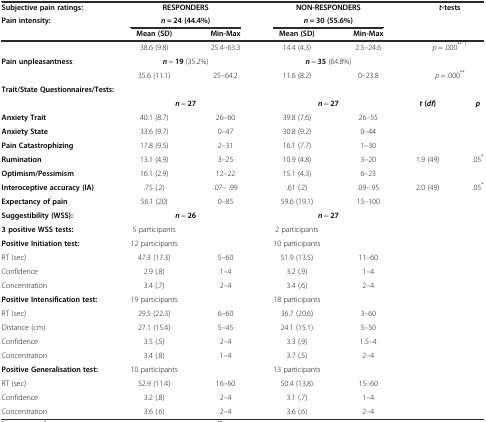
<table><thead><tr><td><b>Subjective pain ratings:</b></td><td colspan="2"><b>RESPONDERS</b></td><td colspan="2"><b>NON-RESPONDERS</b></td><td colspan="2"><b><i>t</i>-tests</b></td></tr><tr><td><b>Pain intensity:</b></td><td colspan="2"><b><i>n</i> = 24 (44.4%)</b></td><td colspan="2"><b><i>n</i> = 30 (55.6%)</b></td><td colspan="2"></td></tr><tr><td></td><td><b>Mean (SD)</b></td><td><b>Min-Max</b></td><td><b>Mean (SD)</b></td><td><b>Min-Max</b></td><td colspan="2"></td></tr></thead><tbody><tr><td></td><td>38.6 (9.8)</td><td>25.4–63.3</td><td>14.4 (4.3)</td><td>2.5–24.6</td><td colspan="2"><i>p</i> = .000<sup>**</sup><sup>1</sup></td></tr><tr><td><b>Pain unpleasantness</b>:</td><td colspan="2"><b><i>n</i></b> = <b>19</b> (35.2%)</td><td colspan="2"><b><i>n</i></b> = <b>35</b> (64.8%)</td><td colspan="2"></td></tr><tr><td></td><td>35.6 (11.1)</td><td>25–64.2</td><td>11.6 (8.2)</td><td>0–23.8</td><td colspan="2"><i>p</i> = .000<sup>**</sup></td></tr><tr><td colspan="5"><b>Trait/</b><b>State Questionnaires/</b><b>Tests:</b></td><td colspan="2"></td></tr><tr><td></td><td colspan="2"><b><i>n</i></b> = <b>27</b></td><td colspan="2"><b><i>n</i></b> = <b>27</b></td><td><b><i>t</i></b><b>(</b><b><i>df</i></b><b>)</b></td><td><b><i>p</i></b></td></tr><tr><td><b>Anxiety Trait</b></td><td>40.1 (8.7)</td><td>26–60</td><td>39.8 (7.6)</td><td>26–55</td><td></td><td></td></tr><tr><td><b>Anxiety State</b></td><td>33.6 (9.7)</td><td>0–47</td><td>30.8 (9.2)</td><td>0–44</td><td></td><td></td></tr><tr><td><b>Pain Catastrophizing</b></td><td>17.8 (9.5)</td><td>2–31</td><td>16.1 (7.7)</td><td>1–30</td><td colspan="2"></td></tr><tr><td><b>Rumination</b></td><td>13.1 (4.9)</td><td>3–25</td><td>10.9 (4.8)</td><td>3–20</td><td>1.9 (49)</td><td>.05<sup>*</sup></td></tr><tr><td><b>Optimism/</b><b>Pessimism</b></td><td>16.1 (2.9)</td><td>12–22</td><td>15.1 (4.3)</td><td>6–23</td><td colspan="2"></td></tr><tr><td><b>Interoceptive accuracy</b><b>(IA)</b></td><td>.75 (.2)</td><td>.07– .99</td><td>.61 (.2)</td><td>.09–.95</td><td>2.0 (49)</td><td>.05<sup>*</sup></td></tr><tr><td><b>Expectancy of pain</b></td><td>56.1 (20)</td><td>0–85</td><td>59.6 (19.1)</td><td>15–100</td><td></td><td></td></tr><tr><td><b>Suggestibility</b><b>(WSS):</b></td><td colspan="2"><b><i>n</i></b> = <b>26</b></td><td colspan="2"><b><i>n</i></b> = <b>27</b></td><td colspan="2"></td></tr><tr><td><b>3 positive WSS tests:</b></td><td>5 participants</td><td></td><td>2 participants</td><td></td><td colspan="2"></td></tr><tr><td><b>Positive Initiation test:</b></td><td>12 participants</td><td></td><td>10 participants</td><td></td><td colspan="2"></td></tr><tr><td>RT (sec)</td><td>47.3 (17.3)</td><td>5–60</td><td>51.9 (13.5)</td><td>11–60</td><td colspan="2"></td></tr><tr><td>Confidence</td><td>2.9 (.8)</td><td>1–4</td><td>3.2 (.9)</td><td>1–4</td><td colspan="2"></td></tr><tr><td>Concentration</td><td>3.4 (.7)</td><td>2–4</td><td>3.4 (.6)</td><td>2–4</td><td colspan="2"></td></tr><tr><td><b>Positive Intensification test:</b></td><td>19 participants</td><td></td><td>18 participants</td><td></td><td colspan="2"></td></tr><tr><td>RT (sec)</td><td>29.5 (22.3)</td><td>6–60</td><td>36.7 (20.6)</td><td>3–60</td><td colspan="2"></td></tr><tr><td>Distance (cm)</td><td>27.1 (15.4)</td><td>5–45</td><td>24.1 (15.1)</td><td>5–50</td><td colspan="2"></td></tr><tr><td>Confidence</td><td>3.5 (.5)</td><td>2–4</td><td>3.3 (.9)</td><td>1.5–4</td><td colspan="2"></td></tr><tr><td>Concentration</td><td>3.4 (.8)</td><td>1–4</td><td>3.7 (.5)</td><td>2–4</td><td colspan="2"></td></tr><tr><td><b>Positive Generalisation test:</b></td><td>10 participants</td><td></td><td>13 participants</td><td></td><td colspan="2"></td></tr><tr><td>RT (sec)</td><td>52.9 (11.4)</td><td>16–60</td><td>50.4 (13.8)</td><td>15–60</td><td colspan="2"></td></tr><tr><td>Confidence</td><td>3.2 (.8)</td><td>2–4</td><td>3.1 (.7)</td><td>1–4</td><td colspan="2"></td></tr><tr><td>Concentration</td><td>3.6 (.6)</td><td>2–4</td><td>3.6 (.6)</td><td>2–4</td><td colspan="2"></td></tr></tbody></table>